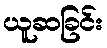
ယူဆခြင်း